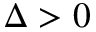
\Delta > 0